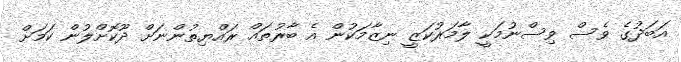
އަބަދުގެ ވެސް ވިސްނުމަކީ ލާމަރުކަޒީ ނިޒާމަކުން އެ ބާރުތައް ރައްޔިތުންނަށް ދޫކޮށްލުން ކަމަށް